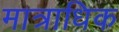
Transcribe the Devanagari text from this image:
मात्राधिक